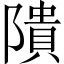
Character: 隤